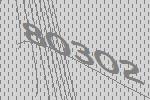
80302